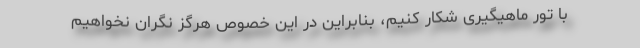
با تور ماهیگیری شکار کنیم، بنابراین در این خصوص هرگز نگران نخواهیم